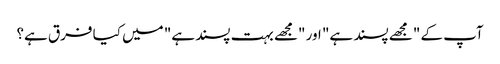
آپ کے "مجھے پسند ہے" اور "مجھے بہت پسند ہے" میں کیا فرق ہے؟